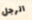
الرجل